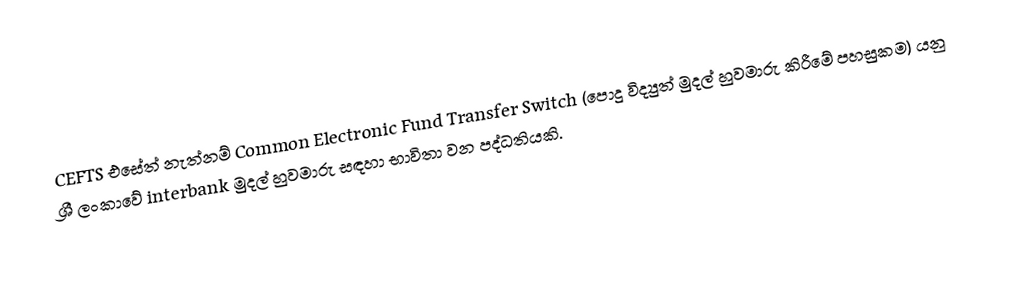
CEFTS එසේත් නැත්නම් Common Electronic Fund Transfer Switch (පොදු විද්‍යුත් මුදල් හුවමාරු කිරීමේ පහසුකම) යනු ශ්‍රී ලංකාවේ interbank මුදල් හුවමාරු සඳහා භාවිතා වන පද්ධතියකි.